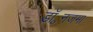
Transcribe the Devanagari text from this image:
डॉ॰नजमा